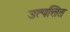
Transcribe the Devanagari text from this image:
उत्पत्तित